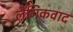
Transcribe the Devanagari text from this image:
लैंगिकवाद